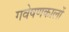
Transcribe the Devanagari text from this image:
गवेषणकालों